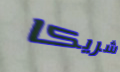
شريكا